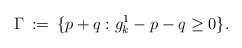
\begin{align*} \Gamma \, :=\, \{p+q : g_k^1-p-q\geq 0\}.\end{align*}